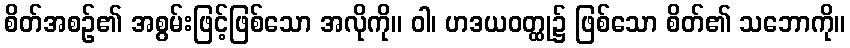
စိတ်အစဉ်၏ အစွမ်းဖြင့်ဖြစ်သော အလိုကို။ ဝါ၊ ဟဒယဝတ္ထု၌ ဖြစ်သော စိတ်၏ သဘောကို။